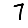
Digit: 7